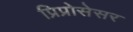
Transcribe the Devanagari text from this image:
प्रिप्रोसेसर